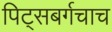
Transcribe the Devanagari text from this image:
पिट्सबर्गचाच